Annual report on the working of the mental hospitals in the Madras Presidency - 1912-1932
Year: 1912
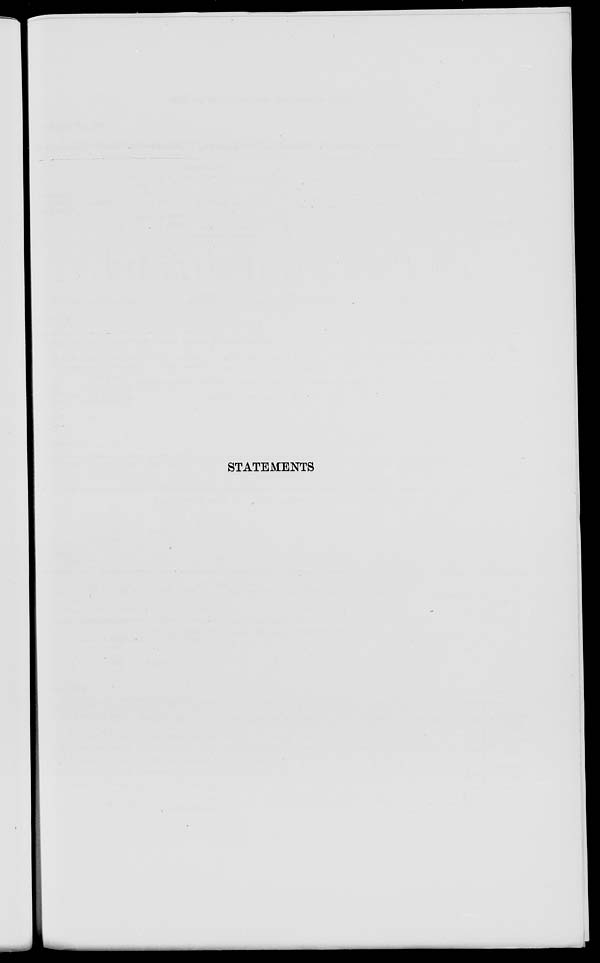
STATEMENTS